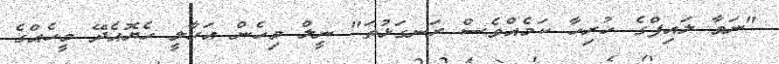
"ނަވާ ލައިފްގެ ހުރިހާ ކަމެއްވެސް ރަނގަޅުތަ" ނީލް މިހެން އަހާލީ ހެޔޮއެދޭ މީހެއްގެ